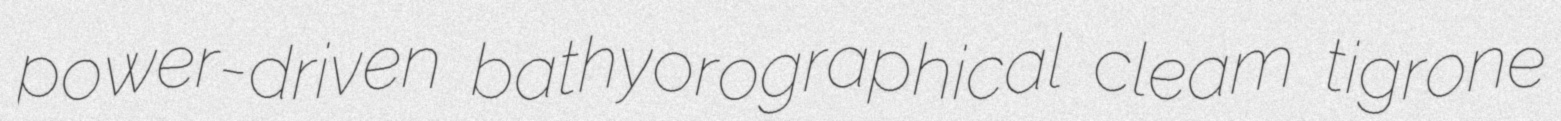
power-driven bathyorographical cleam tigrone